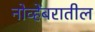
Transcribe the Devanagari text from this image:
नोव्हेंबरातील